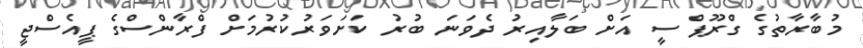
މުބާރާތުގެ ގްރޫޕް ސީ އަށް ބަލާއިރު ދެވަނަ ބުރު ކަށަވަރުކުރުމަށް ފްރާންސްގެ ޕީއެސްޖީ